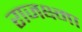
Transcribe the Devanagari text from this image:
राजक्ष्मा